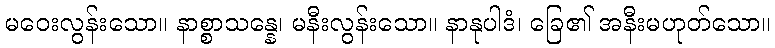
မဝေးလွန်းသော။ နာစ္စာသန္နေ၊ မနီးလွန်းသော။ နာနုပါဒံ၊ ခြေ၏ အနီးမဟုတ်သော။